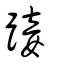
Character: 踥